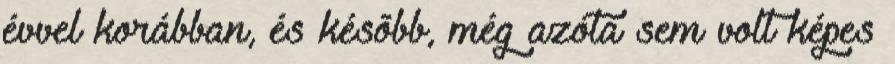
évvel korábban, és késõbb, még azóta sem volt képes